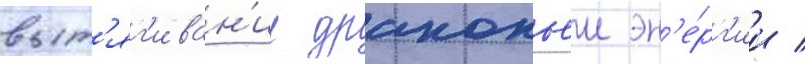
выт'яг'иван'иу драконьеи эн'е́рг'ии /